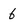
Character: 6